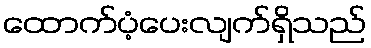
ထောက်ပံ့ပေးလျက်ရှိသည်